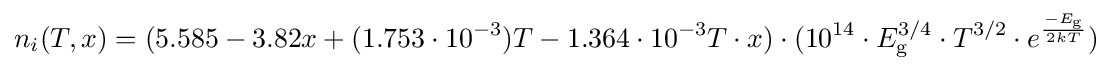
n_{i}(T,x)=(5.585-3.82x+(1.753\cdot 10^{-3})T-1.364\cdot 10^{-3}T\cdot x)\cdot (10^{14}\cdot E_{\text{g}}^{3/4}\cdot T^{3/2}\cdot e^{\frac {-E_{\text{g}}}{2kT}})